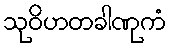
သုဝိဟတခါဏုကံ